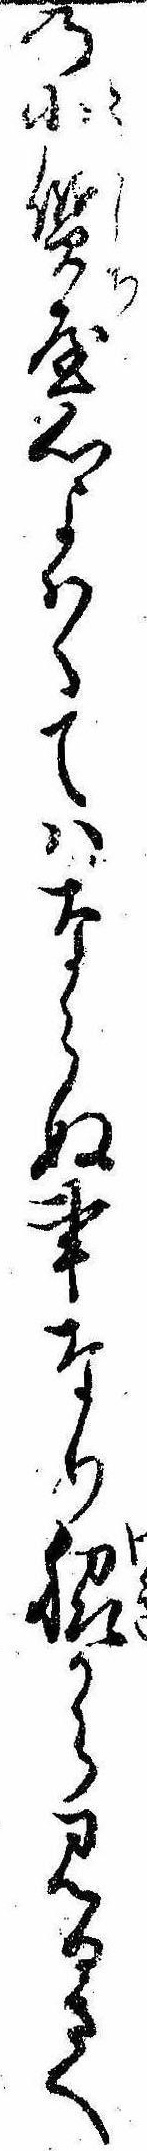
の小質屋心よはくてはならぬ事なり脇から見るさへ